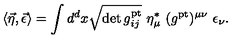
\langle \vec { \eta } , \vec { \epsilon } \rangle = \int d ^ { d } x \sqrt { \det g _ { i j } ^ { \mathrm { p t } } } \ \eta _ { \mu } ^ { * } \ ( g ^ { \mathrm { p t } } ) ^ { \mu \nu } \ \epsilon _ { \nu } .